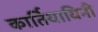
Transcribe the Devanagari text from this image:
कार्तियायिनी